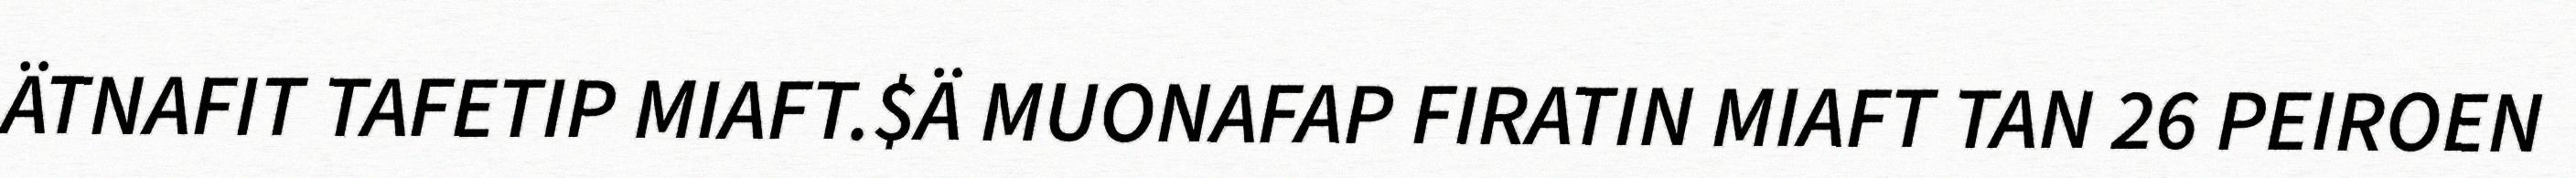
ÄTNAFIT TAFETIP MIAFT.$Ä MUONAFAP FIRATIN MIAFT TAN 26 PEIROEN